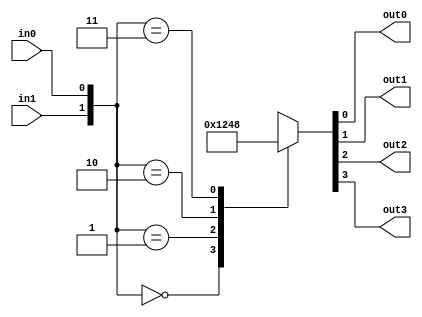
`timescale 1ns / 1ps
//////////////////////////////////////////////////////////////////////////////////
// Company: 
// Engineer: 
// 
// Design Name: 
// Module Name: decoder
// Project Name: 
// Target Devices: 
// Tool Versions: 
// Description: 
// 
// Dependencies: 
// 
// Revision:
// Revision 0.01 - File Created
// Additional Comments:
// 
//////////////////////////////////////////////////////////////////////////////////


module decoder(
    input in0,
    input in1,
    output out0,
    output out1,
    output out2,
    output out3
    );
    
    reg [3:0] outpt;
    reg [1:0] inpt;
   
    always @*
    begin
    inpt[0]<=in0;
    inpt[1]<=in1;
    casex (inpt)
    2'b00:outpt = 4'b0001;
    2'b01:outpt = 4'b0010;
    2'b10:outpt = 4'b0100;
    2'b11:outpt = 4'b1000;
    default:outpt = 0;
    endcase
    end
    assign out0=outpt[0];
    assign out1=outpt[1];
    assign out2=outpt[2];
    assign out3=outpt[3];
    
    endmodule